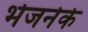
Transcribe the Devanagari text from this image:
भेजनेके